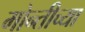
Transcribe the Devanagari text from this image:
मोन्तीच्या